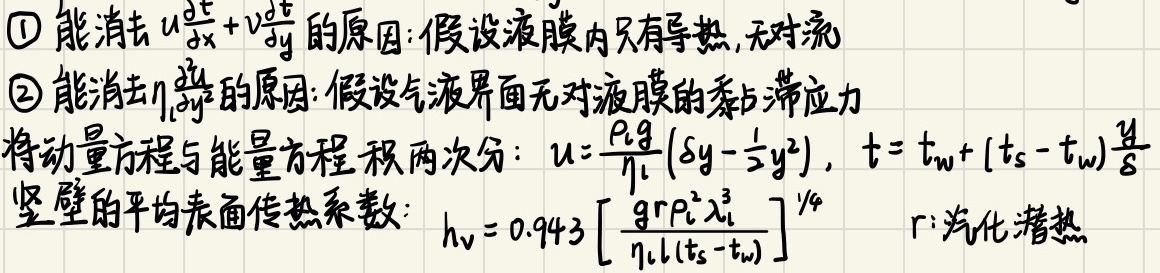
\textcircled{1} 能消去\(u\frac{\partial t}{\partial x}+v\frac{\partial t}{\partial y}\)的原因：假设液膜内只有导热，无对流
\textcircled{2} 能消去\(\eta_{l}\frac{\partial^{2}u}{\partial y^{2}}\)的原因：假设气液界面无对液膜的黏滞应力
将动量方程与能量方程积两次分：\(u = \frac{\rho_{l}g}{\eta_{l}}(\delta y-\frac{1}{2}y^{2})\)，\(t = t_{w}+(t_{s}-t_{w})\frac{y}{\delta}\)
竖壁的平均表面传热系数：\(h_{v}=0.943\left[\frac{gr\rho_{l}^{2}\lambda_{l}^{3}}{\eta_{l}l(t_{s}-t_{w})}\right]^{1/4}\)  \(r\)：汽化潜热